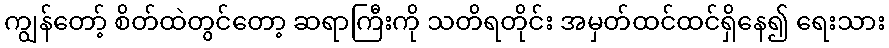
ကျွန်တော့် စိတ်ထဲတွင်တော့ ဆရာကြီးကို သတိရတိုင်း အမှတ်ထင်ထင်ရှိနေ၍ ရေးသား